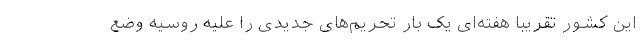
این کشور تقریبا هفته‌ای یک بار تحریم‌های جدیدی را علیه روسیه وضع